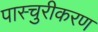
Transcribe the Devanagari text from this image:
पास्चुरीकरण